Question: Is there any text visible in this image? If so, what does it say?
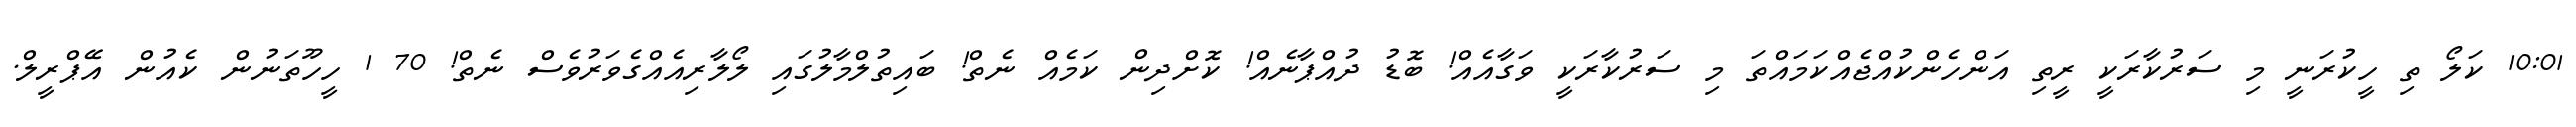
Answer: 10:01 ކަލޯ ތި ހީކުރަނީ މި ސަރުކާރަކީ ރީތި އަންހެންކުއްޖެއްކަމައްތަ މި ސަރުކާރަކީ ވަގާއެއް! ބޮޑު ދުއްޕާނެއް! ކޮށްދިން ކަމެއް ނެތް! ބައިތުލްމާލުގައި ލޯލާރިއެއްގެވަރުވެސް ނެތް! 70 1 ހީހޫތަނުން ކެއުން އޭޕްރީލް.